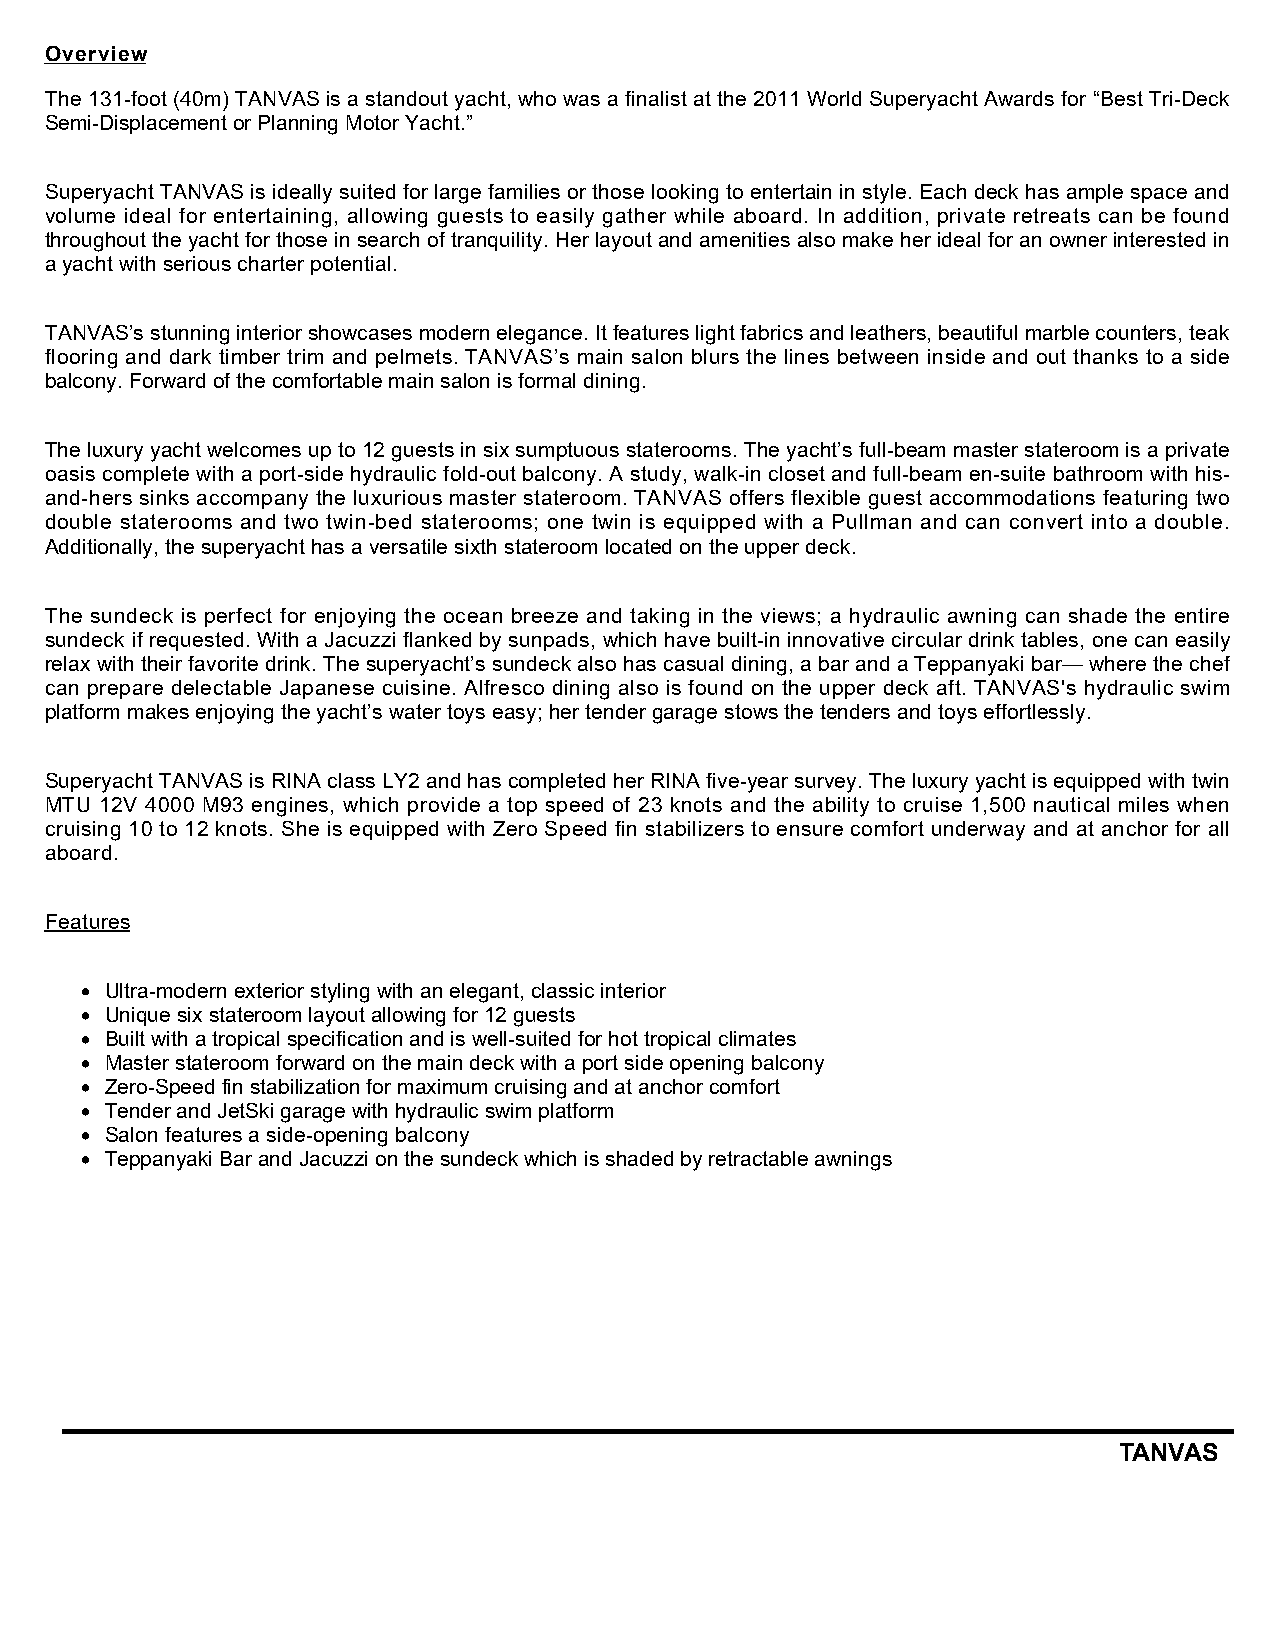
Overview
 The 131-foot (40m) TANVAS is a standout yacht, who was a finalist at the 2011 World Superyacht Awards for “Best Tri-Deck
 Semi-Displacement or Planning Motor Yacht.”
 Superyacht TANVAS is ideally suited for large families or those looking to entertain in style. Each deck has ample space and
 volume ideal for entertaining, allowing guests to easily gather while aboard. In addition, private retreats can be found
 throughout the yacht for those in search of tranquility. Her layout and amenities also make her ideal for an owner interested in
 a yacht with serious charter potential.
 TANVAS’s stunning interior showcases modern elegance. It features light fabrics and leathers, beautiful marble counters, teak
 flooring and dark timber trim and pelmets. TANVAS’s main salon blurs the lines between inside and out thanks to a side
 balcony. Forward of the comfortable main salon is formal dining.
 The luxury yacht welcomes up to 12 guests in six sumptuous staterooms. The yacht’s full-beam master stateroom is a private
 oasis complete with a port-side hydraulic fold-out balcony. A study, walk-in closet and full-beam en-suite bathroom with his-
 and-hers sinks accompany the luxurious master stateroom. TANVAS offers flexible guest accommodations featuring two
 double staterooms and two twin-bed staterooms; one twin is equipped with a Pullman and can convert into a double.
 Additionally, the superyacht has a versatile sixth stateroom located on the upper deck.
 The sundeck is perfect for enjoying the ocean breeze and taking in the views; a hydraulic awning can shade the entire
 sundeck if requested. With a Jacuzzi flanked by sunpads, which have built-in innovative circular drink tables, one can easily
 relax with their favorite drink. The superyacht’s sundeck also has casual dining, a bar and a Teppanyaki bar— where the chef
 can prepare delectable Japanese cuisine. Alfresco dining also is found on the upper deck aft. TANVAS's hydraulic swim
 platform makes enjoying the yacht’s water toys easy; her tender garage stows the tenders and toys effortlessly.
 Superyacht TANVAS is RINA class LY2 and has completed her RINA five-year survey. The luxury yacht is equipped with twin
 MTU 12V 4000 M93 engines, which provide a top speed of 23 knots and the ability to cruise 1,500 nautical miles when
 cruising 10 to 12 knots. She is equipped with Zero Speed fin stabilizers to ensure comfort underway and at anchor for all
 aboard.
 Features
 Ultra-modern exterior styling with an elegant, classic interior
 Unique six stateroom layout allowing for 12 guests
 Built with a tropical specification and is well-suited for hot tropical climates
 Master stateroom forward on the main deck with a port side opening balcony
 Zero-Speed fin stabilization for maximum cruising and at anchor comfort
 Tender and JetSki garage with hydraulic swim platform
 Salon features a side-opening balcony
 Teppanyaki Bar and Jacuzzi on the sundeck which is shaded by retractable awnings
 TANVAS